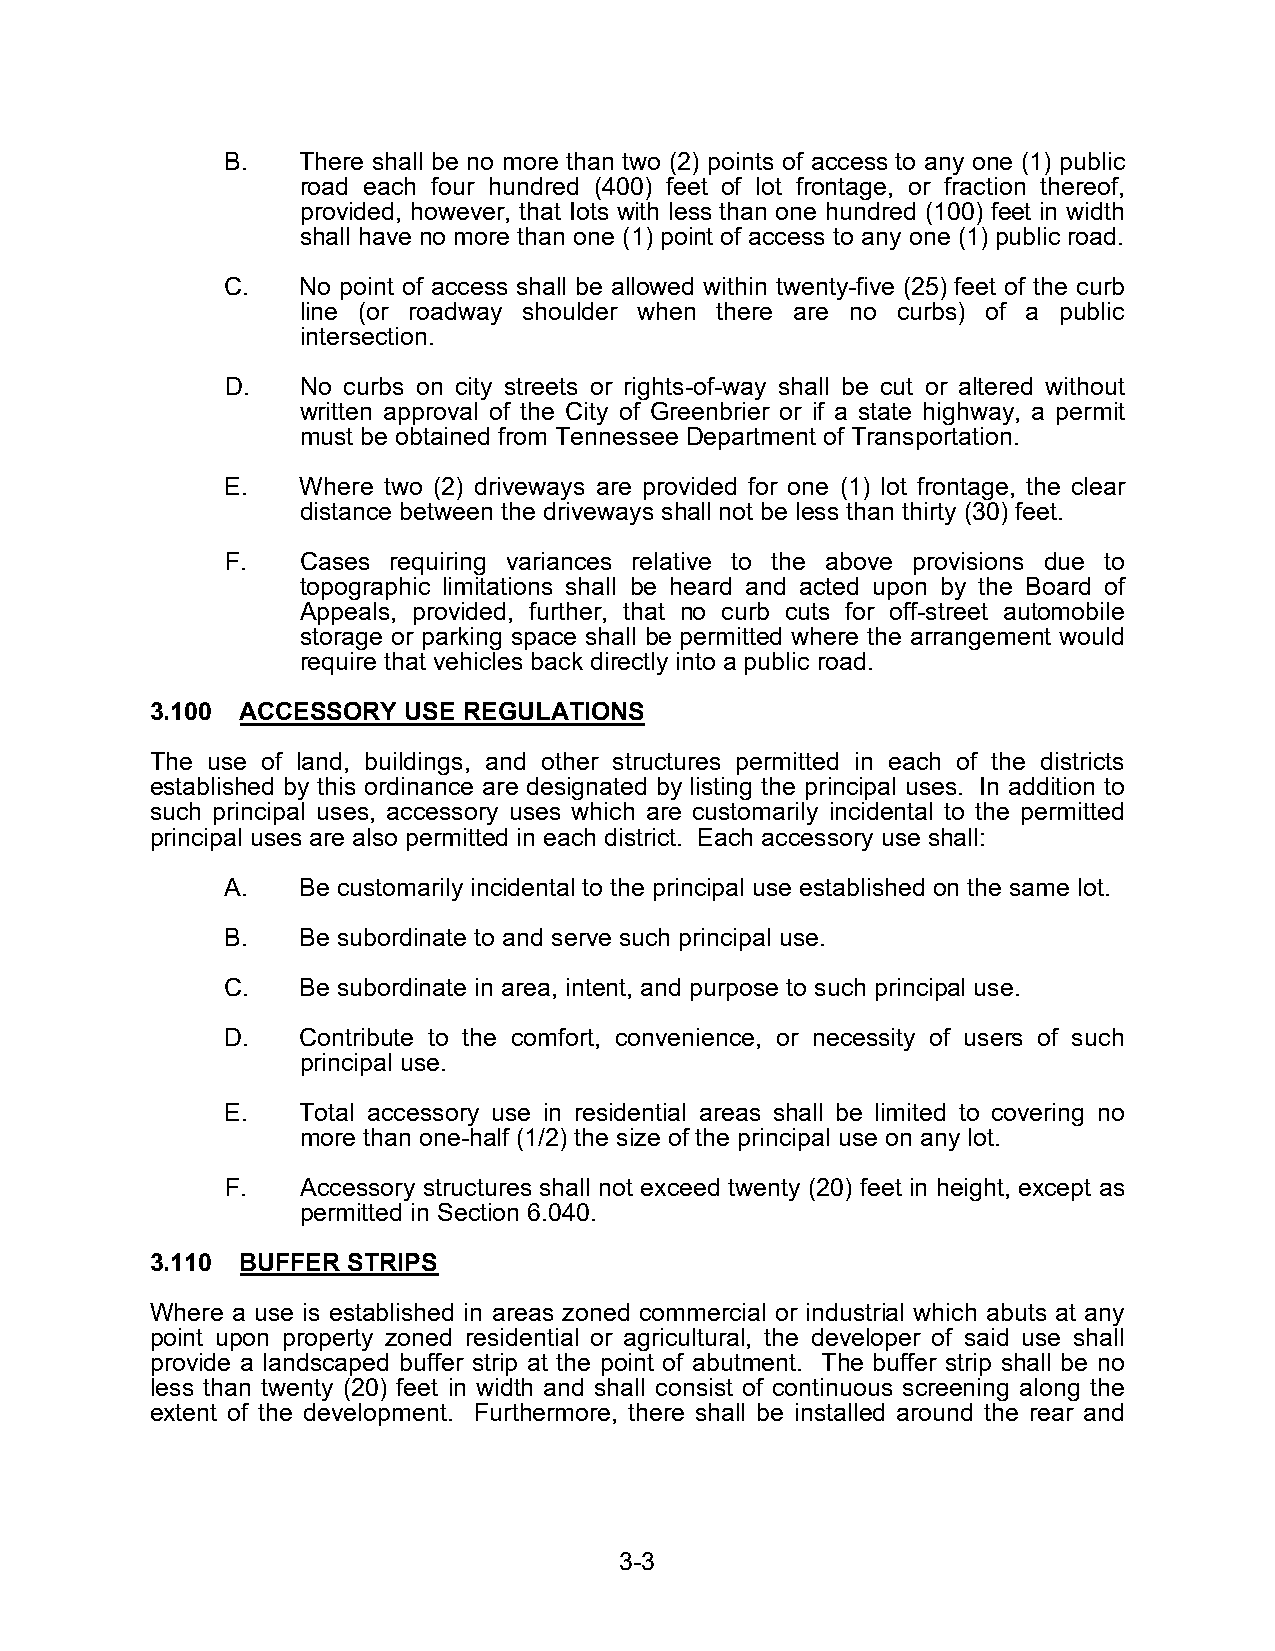
B.   There shall be no more than two (2) points of access to any one (1) public
 road each four hundred (400) feet of lot frontage, or fraction thereof,
 provided, however, that Iots with less than one hundred (100) feet in width
 shall have no more than one (1) point of access to any one (1) public road.
 C.   No point of access shall be allowed within twenty-five (25) feet of the curb
 line (or roadway shoulder when there are no curbs) of a public
 intersection.
 D.   No curbs on city streets or rights-of-way shall be cut or altered without
 written approval of the City of Greenbrier or if a state highway, a permit
 must be obtained from Tennessee Department of Transportation.
 E.   Where two (2) driveways are provided for one (1) lot frontage, the clear
 distance between the driveways shall not be less than thirty (30) feet.
 F.   Cases requiring variances relative to the above provisions due to
 topographic limitations shall be heard and acted upon by the Board of
 Appeals, provided, further, that no curb cuts for off-street automobile
 storage or parking space shall be permitted where the arrangement would
 require that vehicles back directly into a public road.
 3.100 ACCESSORY  USE REGULATIONS
 The use of land, buildings, and other structures permitted in each of the districts
 established by this ordinance are designated by listing the principal uses. In addition to
 such principal uses, accessory uses which are customarily incidental to the permitted
 principal uses are also permitted in each district. Each accessory use shall:
 A.   Be customarily incidental to the principal use established on the same lot.
 B.   Be subordinate to and serve such principal use.
 C.   Be subordinate in area, intent, and purpose to such principal use.
 D.   Contribute to the comfort, convenience, or necessity of users of such
 principal use.
 E.   Total accessory use in residential areas shall be limited to covering no
 more than one-half (1/2) the size of the principal use on any lot.
 F.   Accessory structures shall not exceed twenty (20) feet in height, except as
 permitted in Section 6.040.
 3.110 BUFFER STRIPS
 Where a use is established in areas zoned commercial or industrial which abuts at any
 point upon property zoned residential or agricultural, the developer of said use shall
 provide a landscaped buffer strip at the point of abutment. The buffer strip shall be no
 less than twenty (20) feet in width and shall consist of continuous screening along the
 extent of the development. Furthermore, there shall be installed around the rear and
 3-3